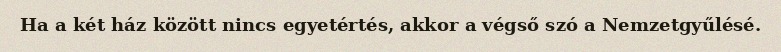
Ha a két ház között nincs egyetértés, akkor a végső szó a Nemzetgyűlésé.